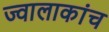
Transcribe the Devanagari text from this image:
ज्वालाकांच